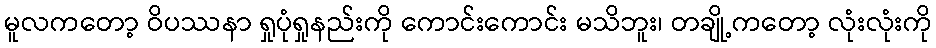
မူလကတော့ ဝိပဿနာ ရှုပုံရှုနည်းကို ကောင်းကောင်း မသိဘူး၊ တချို့ကတော့ လုံးလုံးကို